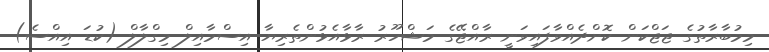
މިމުބާރާތުގެ ޖަޖްކަން ކޮށްދެއްވާފައިވަނީ ރާއްޖޭގެ މަޝްހޫރު ރާޅާއެޅުންތެރިޔާ އިސްމާއިލް މިގްލާލް (ކުޑަ އިއްސެ)